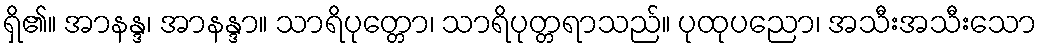
ရှိ၏။ အာနန္ဒ၊ အာနန္ဒာ။ သာရိပုတ္တော၊ သာရိပုတ္တရာသည်။ ပုထုပညော၊ အသီးအသီးသော